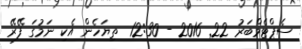
ސެޕްޓެމްބަރު 22